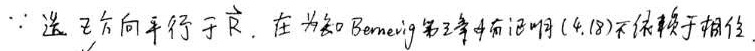
因为选 \(\vec{r}\) 方向平行于 \(\vec{R}\)，在未知Bernevig第3章中证明(4.18)不依赖于相位。